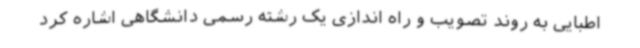
اطبایی به روند تصویب و راه اندازی یک رشته رسمی دانشگاهی اشاره کرد